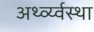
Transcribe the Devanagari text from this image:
अर्थ्व्य्वस्था